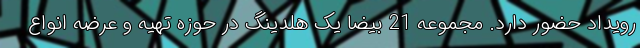
رویداد حضور دارد. مجموعه 21 بیضا یک هلدینگ در حوزه تهیه و عرضه انواع